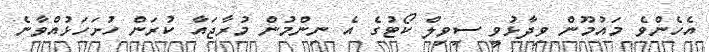
އެހެންވެ މައުމޫން ވިދާޅުވީ ސިވިލް ކޯޓުގެ އެ ނިންމުން މުރާޖައާ ކުރަން ހުށަހަޅުއްވާނެ